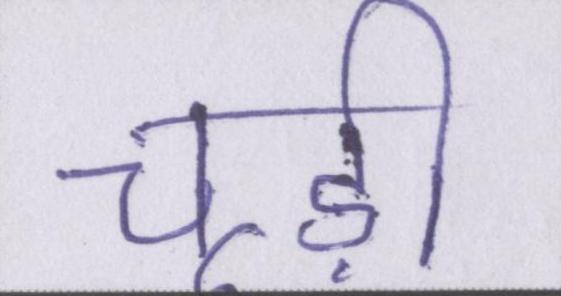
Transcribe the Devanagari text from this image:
चूड़ी